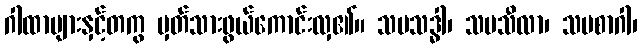
ဂါထာများနှင့်တကွ မှတ်သားဖွယ်ကောင်းလှ၏။ သမသဒ္ဓါ၊ သမသီလာ၊ သမစာဂါ၊